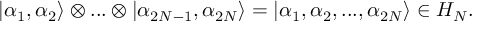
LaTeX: \left| \alpha _ { 1 } , \alpha _ { 2 } \right\rangle \otimes . . . \otimes \left| \alpha _ { 2 N - 1 } , \alpha _ { 2 N } \right\rangle = \left| \alpha _ { 1 } , \alpha _ { 2 } , . . . , \alpha _ { 2 N } \right\rangle \in { \cal H } _ { N } .